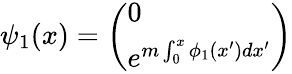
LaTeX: \psi_{1}(x)=\left(\begin{array}{l}{{0}}\\ {{e^{m\int_{0}^{x}\phi_{1}(x^{\prime})dx^{\prime}}}}\end{array}\right)